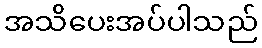
အသိပေးအပ်ပါသည်